Civil Veterinary Department. Madras. Admin. report 1926-33 - 1926-1933
Year: 1926
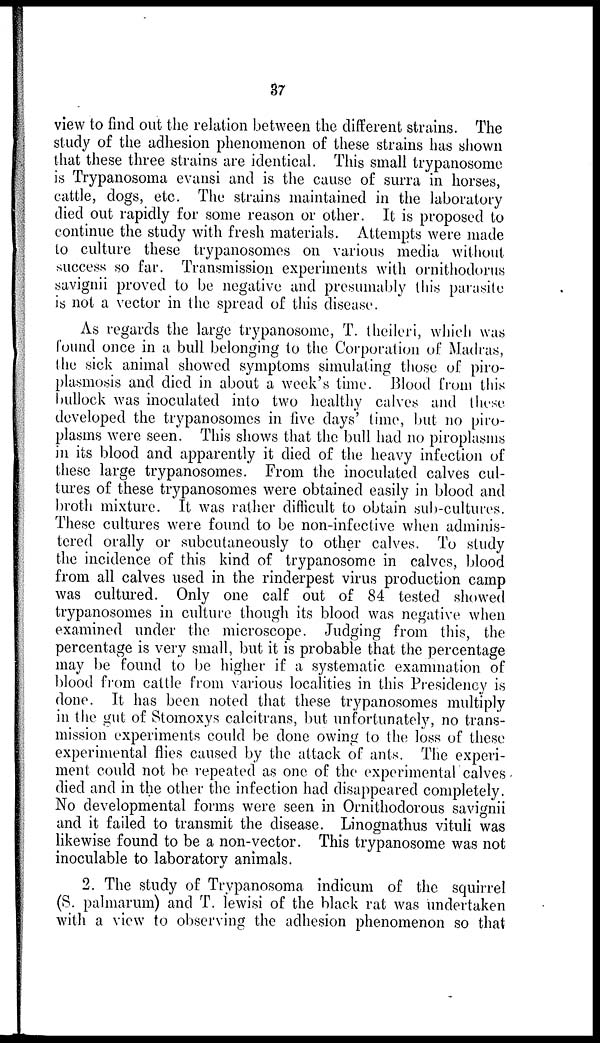
37
view to find out the relation between the different strains. The
study of the adhesion phenomenon of these strains has shown
that these three strains are identical. This small trypanosome
is Trypanosoma evansi and is the cause of surra in horses,
cattle, dogs, etc. The strains maintained in the laboratory
died out rapidly for some reason or other. It is proposed to
continue the study with fresh materials. Attempts were made
to culture these trypanosomes on various media without
success so far. Transmission experiments with ornithodorus
savignii proved to be negative and presumably this parasite
is not a vector in the spread of this disease.
As regards the large trypanosome, T. theileri, which was
found once in a bull belonging to the Corporation of Madras,
the sick animal showed symptoms simulating those of piro-
plasmosis and died in about a week's time. Blood from this
bullock was inoculated into two healthy calves and these
developed the trypanosomes in five days' time, but no piro-
plasms were seen. This shows that the bull had no piroplasms
in its blood and apparently it died of the heavy infection of
these large trypanosomes. From the inoculated calves cul-
tures of these trypanosomes were obtained easily in blood and
broth mixture. It was rather difficult to obtain sub-cultures.
These cultures were found to be non-infective when adminis-
tered orally or subcutaneously to other calves. To study
the incidence of this kind of trypanosome in calves, blood
from all calves used in the rinderpest virus production camp
was cultured. Only one calf out of 84 tested showed
trypanosomes in culture though its blood was negative when
examined under the microscope. Judging from this, the
percentage is very small, but it is probable that the percentage
may be found to be higher if a systematic examination of
blood from cattle from various localities in this Presidency is
done. It has been noted that these trypanosomes multiply
in the gut of Stomoxys calcitrans, but unfortunately, no trans-
mission experiments could be done owing to the loss of these
experimental flies caused by the attack of ants. The experi-
ment could not be repeated as one of the experimental calves
died and in the other the infection had disappeared completely.
No developmental forms were seen in Ornithodorous savignii
and it failed to transmit the disease. Linognathus vituli was
likewise found to be a non-vector. This trypanosome was not
inoculable to laboratory animals.
2. The study of Trypanosoma indicum of the squirrel
(S. palmarum) and T. lewisi of the black rat was undertaken
with a view to observing the adhesion phenomenon so that